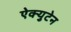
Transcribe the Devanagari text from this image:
ऐक्युटेन